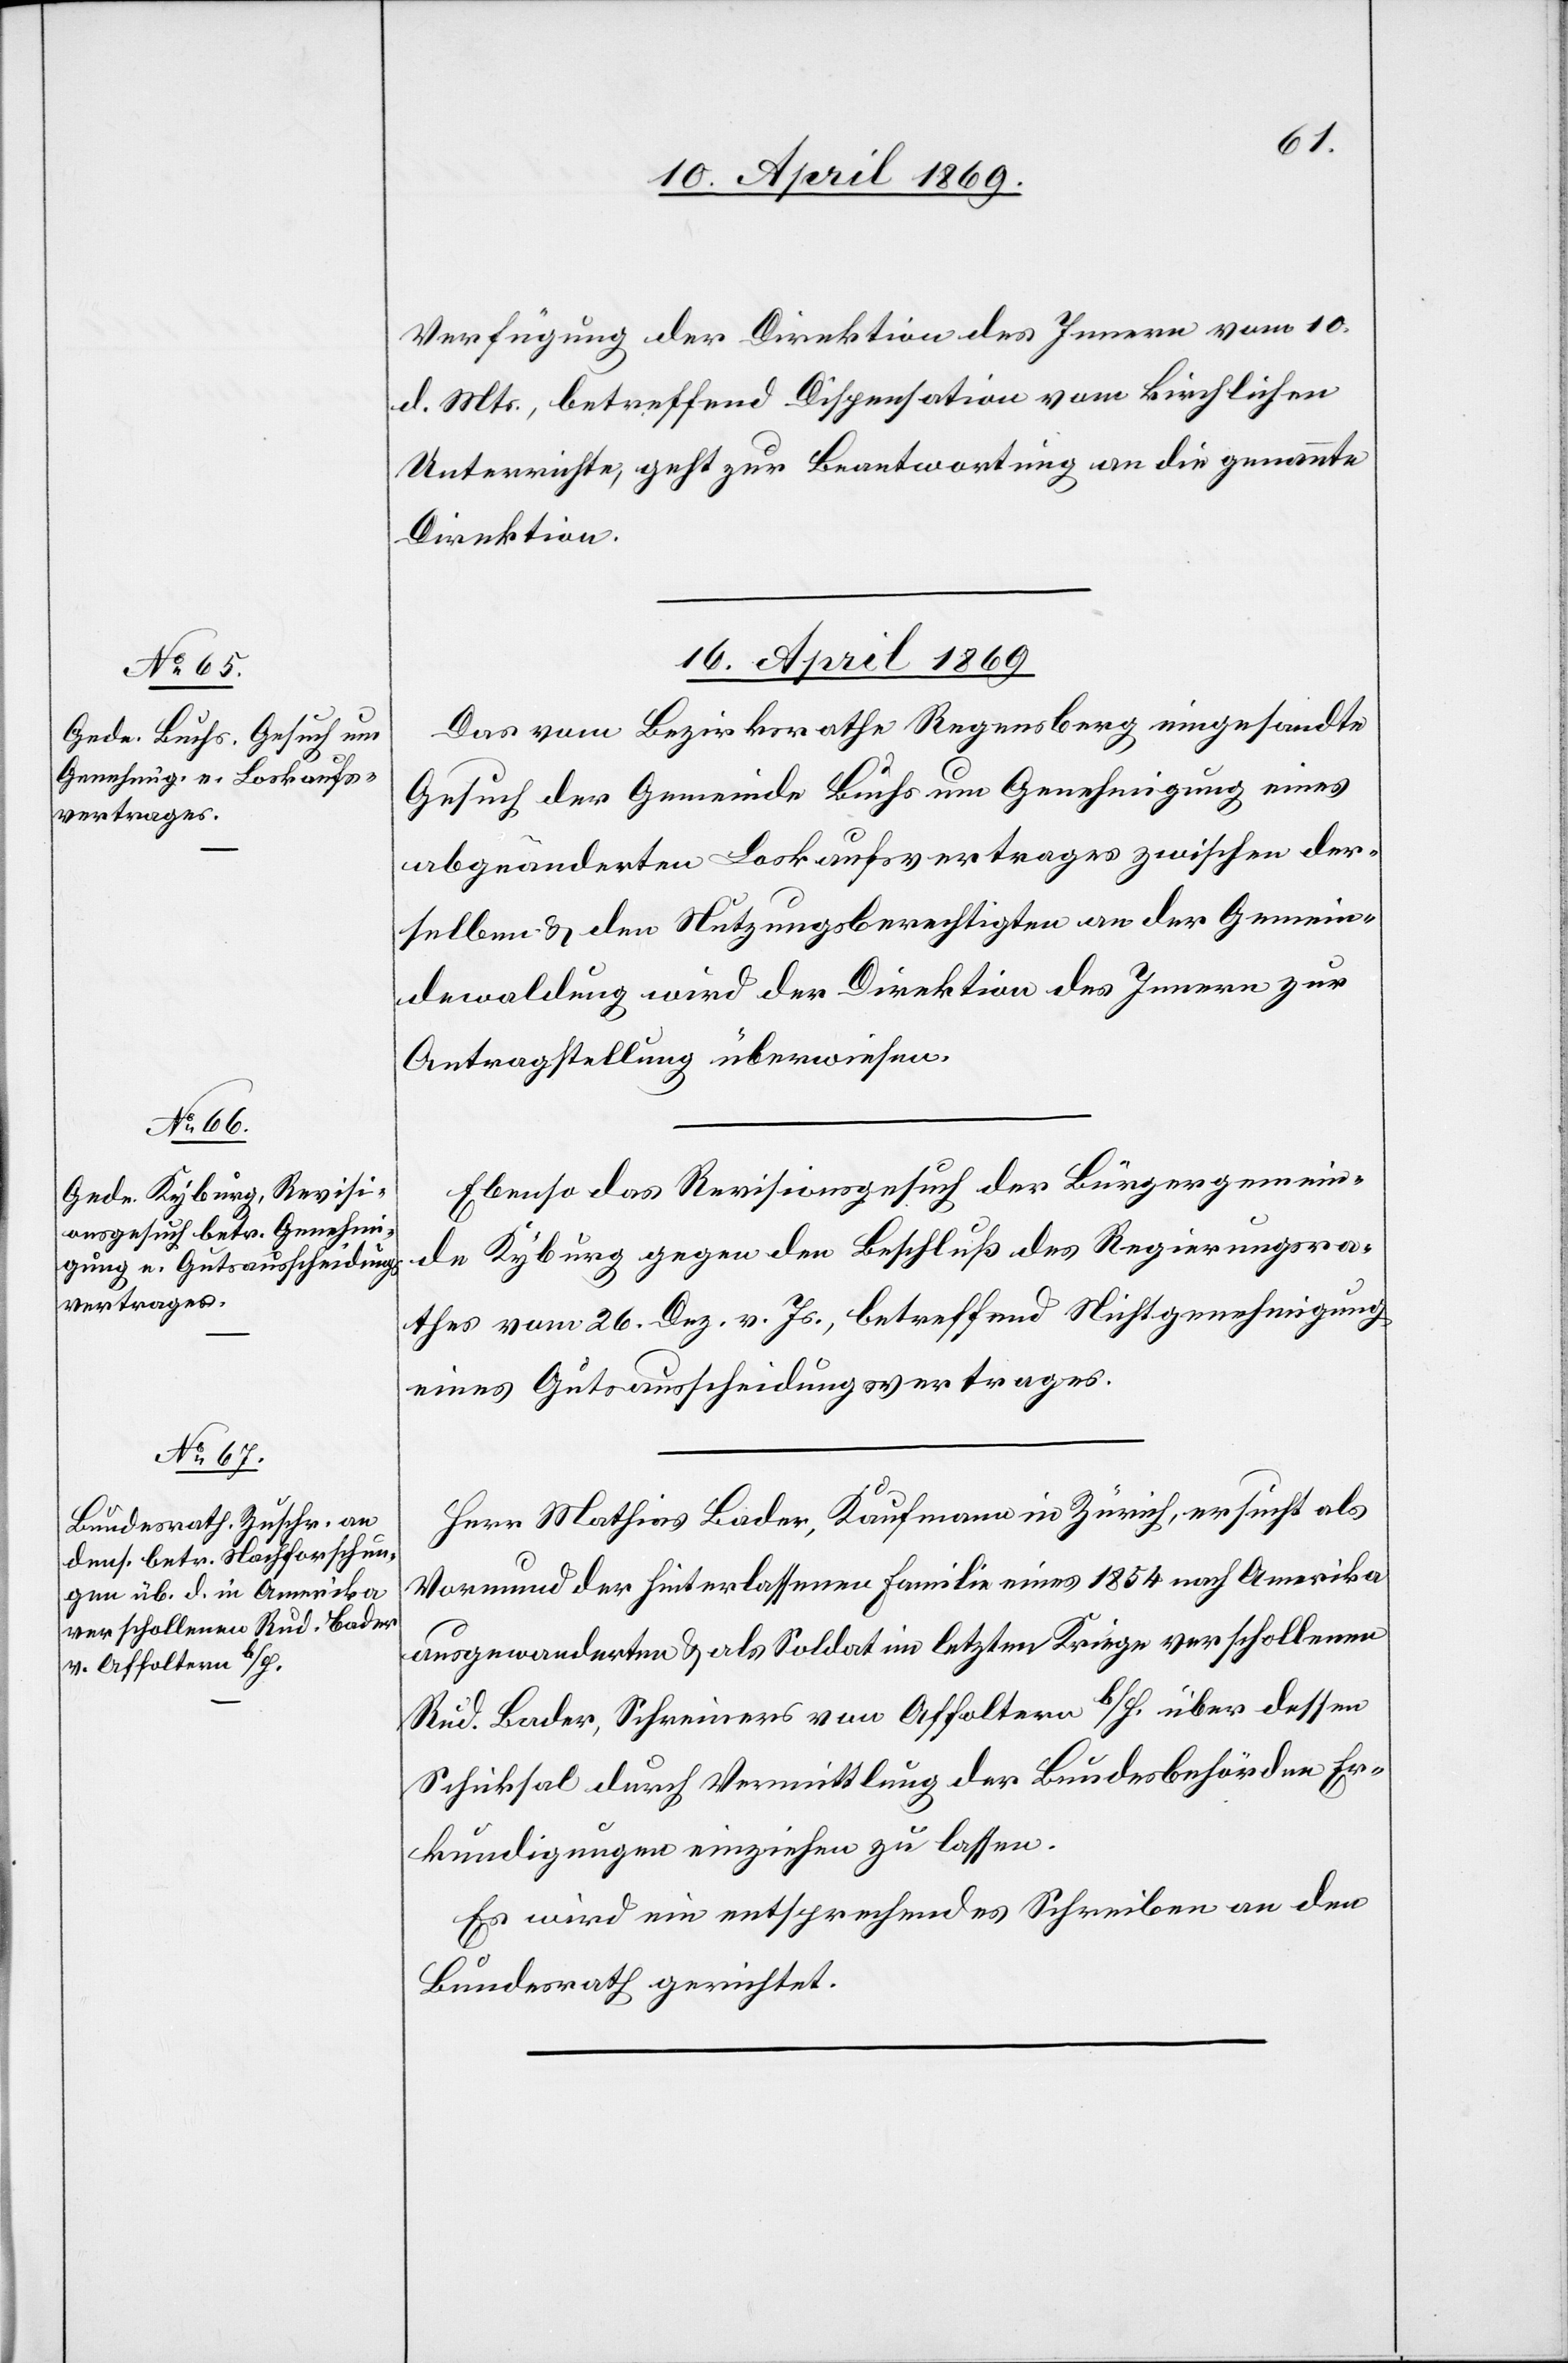
Verfügung der Direktion des Innern vom 10.
d. Mts., betreffend Dispensation vom kirchlichen
Unterrichte, geht zur Beantwortung an die genannte
Direktion.
16. April 1869.]
Das vom Bezirksrathe Regensberg eingesandte
Gesuch der Gemeinde Buchs um Genehmigung eines
abgeänderten Loskaufsvertrages zwischen der¬
selben u. den Nutzungsberechtigten an der Gemein¬
dewaldung wird der Direktion des Innern zur
Antragsstellung überwiesen.
Ebenso das Revisionsgesuch der Bürgergemein¬
de Kyburg gegen den Beschluß des Regierungsra¬
thes vom 26. Dez. v. Js., betreffend Nichtgenehmigung
eines Gutsausscheidungsvertrages.
Herr Mathias Bader, Kaufmann in Zürich, ersucht als
Vormund der Hinterlassenen Familie eines 1854 nach Amerika
ausgewanderten u. als Soldat im letzten Kriege verschollenen
Rud. Bader, Schreiner von Affoltern b/H. über dessen
Schicksal durch Vermittlung der Bundesbehörden Er¬
kundigungen einziehen zu lassen.
Es wird ein entsprechendes Schreiben an den
Bundesrath gerichtet.